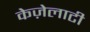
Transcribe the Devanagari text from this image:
केज़ेलाटी